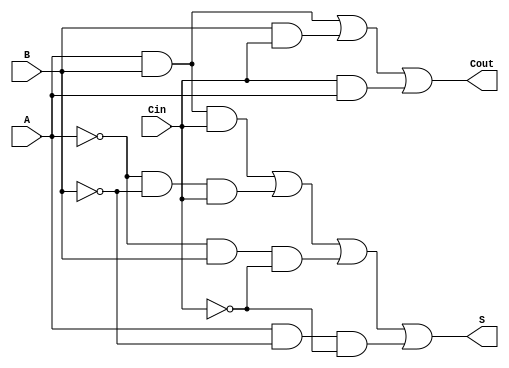
`timescale 1ns / 1ps
//////////////////////////////////////////////////////////////////////////////////
// Company: 
// Engineer: 
// 
// Design Name: 
// Module Name: Fulladder_1bit
// Project Name: 
// Target Devices: 
// Tool Versions: 
// Description: 
// 
// Dependencies: 
// 
// Revision:
// Revision 0.01 - File Created
// Additional Comments:
// 
//////////////////////////////////////////////////////////////////////////////////


module Fulladder_1bit(
//Declaration of input and output variables which are used in module.
input A,B,Cin,
output reg S,Cout
);
//Block is triggered for the change of any input varaibles.
always @(A or B or Cin)
begin
     S = ((A&B&Cin)|(~A&~B&Cin)|(~A&B&~Cin)|(A&~B&~Cin));
     Cout=(A&B)|(B&Cin)|(Cin&A);
end
endmodule